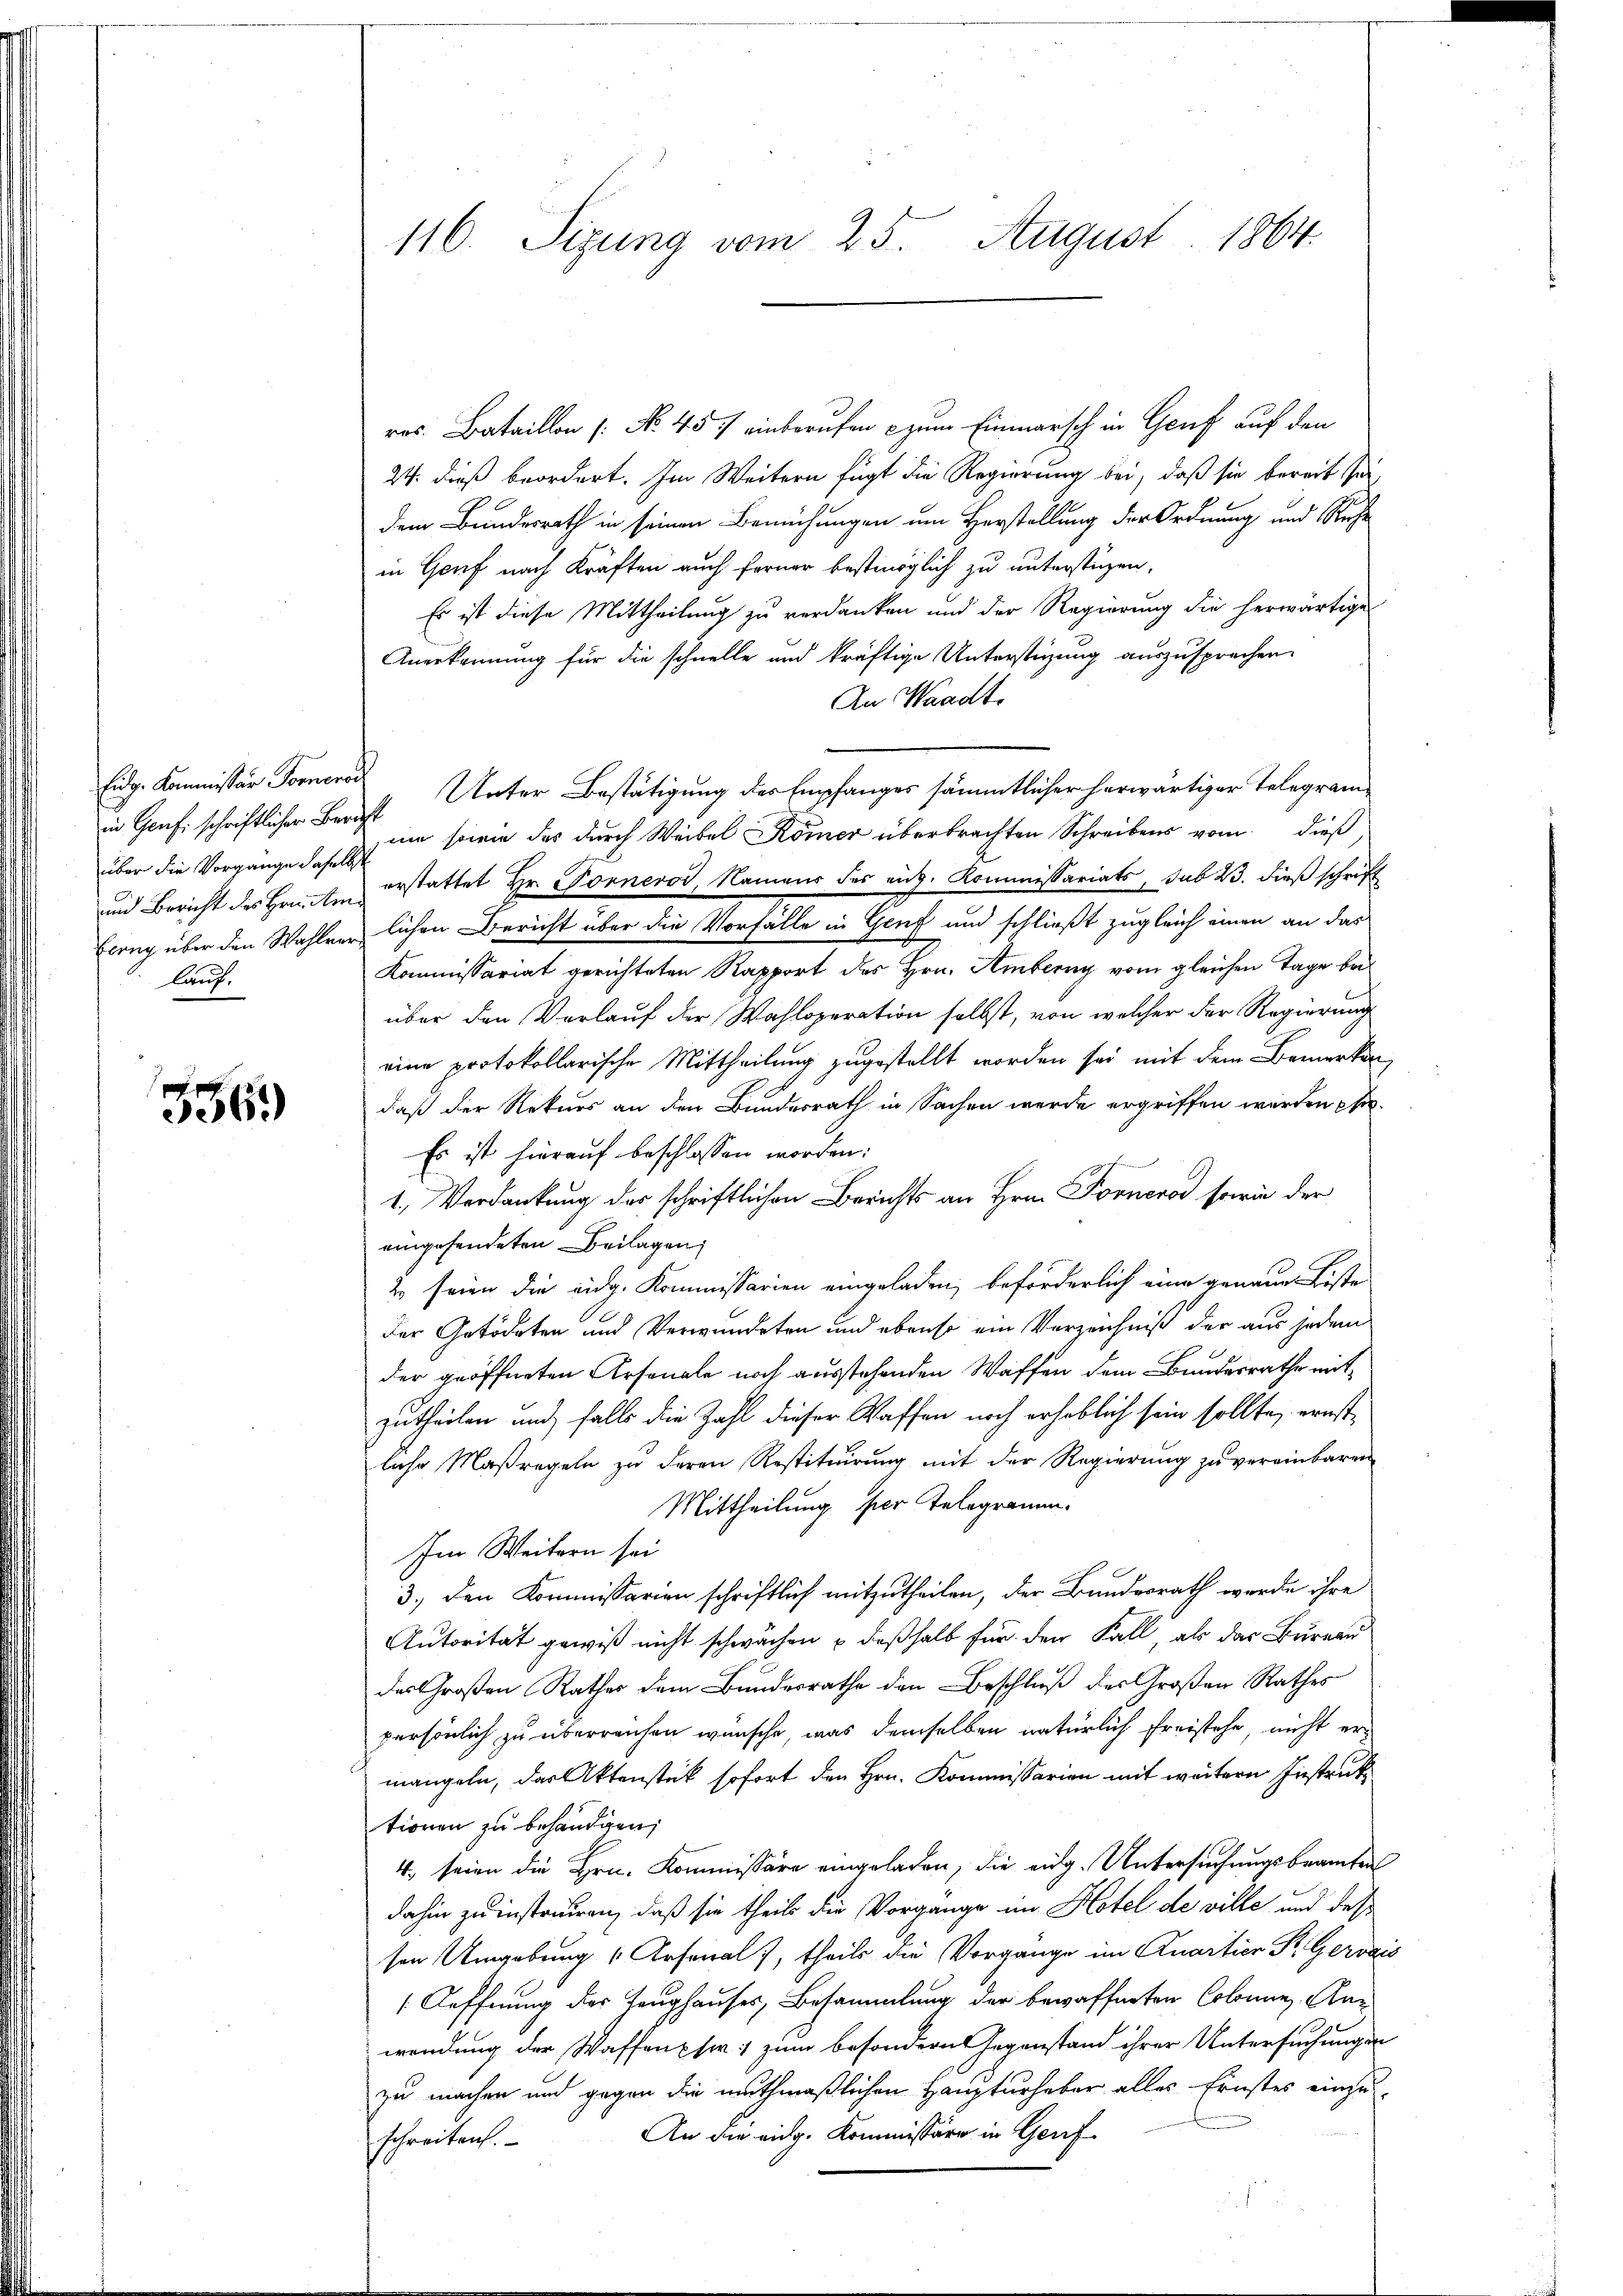
in Genf schriftlicher Bericht
über die Vorgänge daselb
lauf.

336.

116. Sizung vom 25. August 1864.

res. Bataillon [No 45 einberufen - zum Einmarsch in Genf auf den
24. dieß beordert. Im Weitern fügt die Regierung bei, daß sie bereit sei
dem Bundesrath in seinen Bemühungen um Herstellung der Ordnung und Richin Genf nach Kräften auch ferner bestmöglich zu unterstüzen,
Es ist diese Mittheilung zu verdanken und der Regierung die herwärtige
Anerkennung für die schnelle und kräftige Unterstüzung auszusprechen.
An Waadt.
Eidg. Kommissär Fornere Unter Bestätigung des Empfanges sämmtlicher herwärtiger Telegramum sowie das durch Weibel Kömer überbrachten Schreibens vom dieß
und Bericht des Branten erstattet Hr. Fornerod, Namens des eit. Kommissariats, sub 23. dieß schrift
Eerny über den Wahlrerlichen Bericht über die Vorfälle in Genf und schließt zugleich einen an das
Kommissariat gerichteten Rapport des Hrn. Amberny vom gleichen Tage bei
über den Verlauf der Wahloperation selbst, von welcher der Regierung
eine protokollarische Mittheilung zugestellt worden sei mit dem Bemerken,
daß der Rekurs an den Bundesrath in Sachen werde ergriffen werden se
Es ist hierauf beschlossen worden.
1., Verdankung des schriftlichen Berichts an Hrn. Forner sowie der
eingesendeten Beilagen,
2 seien die eidg. Kommissarien eingeladen, beförderlich eine genaue Koste
der Getödeten und Verwundeten und ebenso ein Verzeichniß der aus jedem
der geöffneten Arsonale noch ausstehenden Waffen dem Bundesrathe mitzutheilen und falls die Zahl dieser Waffen noch erheblich sein sollte, ernstliche Maßregeln zu deren Restituirung mit der Regierung zu vereinbaren
Mittheilung per Telegramm¬
Im Weitern sei
3.) den Kommissarien schriftlich mitzutheilen, der Bundesrath werde ihre
Autorität gewiß nicht schwächen u deßhalb für den Fall, als das Burner
des Großen Rathes dem Bundesrathe den Beschluß des Großen Rathes
persönlich zu überreichen wünsche, was demselben natürlich Freistehe, nicht ermangeln, das Aktenstück sofort den Hrn. Kommissarien mit weitern Instruk
tionen zu behändigen;
4. seien die Hrn. Kommissäre eingeladen, die eidg. Untersuchungsbeamten
dahin zu instruiren, daß sie theils die Vorgange im Hotel de ville und des
sen Umgebung " Arsenal), theils die Vorgange im Quartier P. Gerogis
Oeffnung der Zeughauses, Besammlung der bewaffneten Colonnen. Anwendung der Waffen sie zum besondern Gegenstand ihrer Untersuchungen
zu machen und gegen die muthmaßlichen Haupturhaber alles Ernstes einzu-
An die eidg. Kommissäre in Genf
schreiben.
d